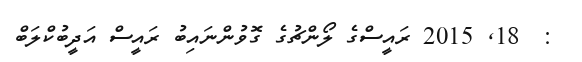
:  18